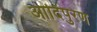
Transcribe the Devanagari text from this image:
आदिपुरण